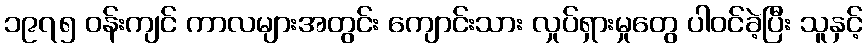
၁၉၇၅ ဝန်းကျင် ကာလများအတွင်း ကျောင်းသား လှုပ်ရှားမှုတွေ ပါဝင်ခဲ့ပြီး သူနှင့်